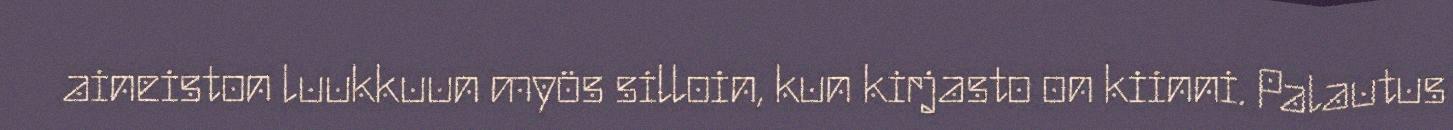
aineiston luukkuun myös silloin, kun kirjasto on kiinni. Palautus